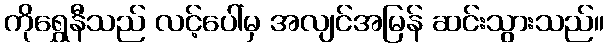
ကိုရွှေနီသည် လင့်ပေါ်မှ အလျင်အမြန် ဆင်းသွားသည်။